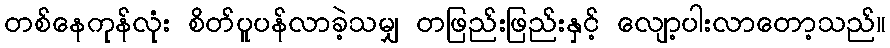
တစ်နေကုန်လုံး စိတ်ပူပန်လာခဲ့သမျှ တဖြည်းဖြည်းနှင့် လျော့ပါးလာတော့သည်။